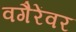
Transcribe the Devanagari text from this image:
वगैरेंवर